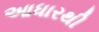
આધારથી